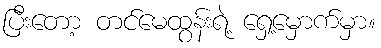
ပြီးတော့ တင်မေထွန်းရဲ့ ရှေ့မှောက်မှာ။